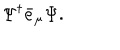
LaTeX: \Psi ^ { \dagger } \bar { e } _ { \mu } \Psi .